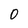
Character: O